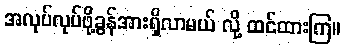
အလုပ်လုပ်ဖို့ခွန်အားရှိလာမယ် လို့ ထင်ထားကြ။